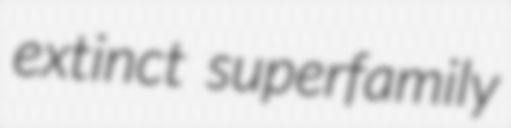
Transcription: extinct superfamily